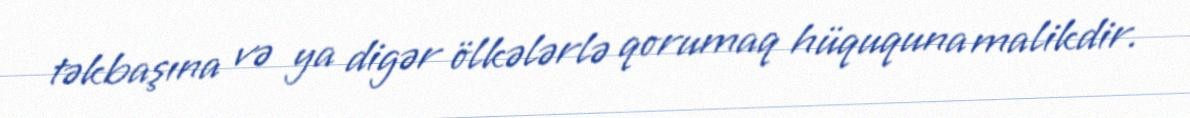
təkbaşına və ya digər ölkələrlə qorumaq hüququna malikdir.